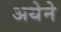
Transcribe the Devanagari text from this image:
अथेने